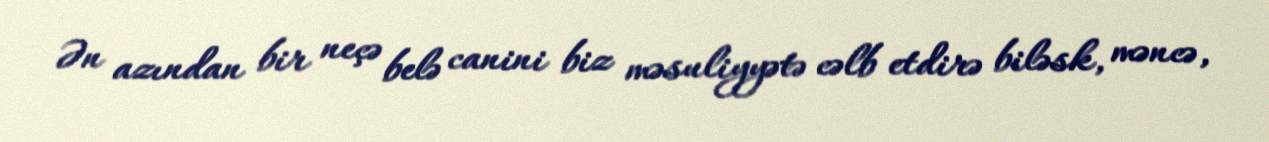
Ən azından bir neçə belə canini biz məsuliyyətə cəlb etdirə biləsk, məncə,